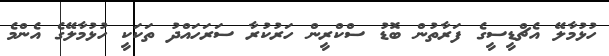
ހުޅުމާލޭ އެޗްޑީސީގެ ފަރާތުން ބޮޑު ސްކްރީން ހަރުކުރާ ސަރަހައްދު ތަކަކީ ހުޅުމާލޭގެ އެންމެ